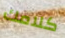
كلامك